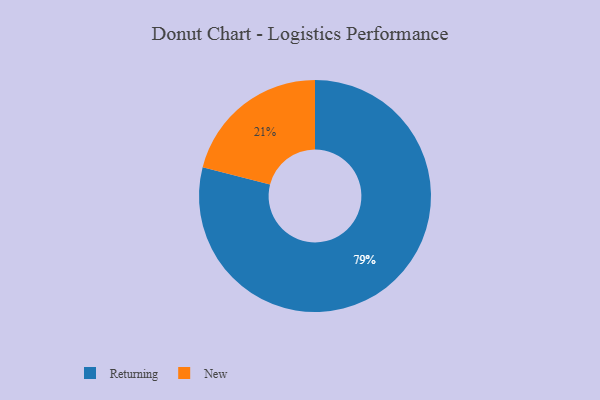
{"axis": {"x": "Category", "y": "Percentage"}, "legend": ["New", "Returning"], "data": [{"x": "New", "y": 21, "type": "New"}, {"x": "Returning", "y": 79, "type": "Returning"}]}